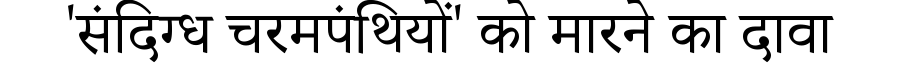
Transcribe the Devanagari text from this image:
'संदिग्ध चरमपंथियों' को मारने का दावा